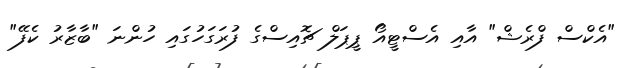
"އެކްސް ފްރެޝް" އާއި އެސްޓީއޯ ޕީޕަލް ޗޮއިސްގެ ފުރަގަހުގައި ހުންނަ "ބާޒާރު ކެފޭ"